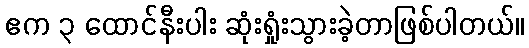
ဧက ၃ ထောင်နီးပါး ဆုံးရှုံးသွားခဲ့တာဖြစ်ပါတယ်။